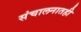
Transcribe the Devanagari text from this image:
संचालनातही